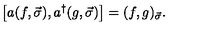
\left[ a ( f , \vec { \sigma } ) , a ^ { \dagger } ( g , \vec { \sigma } ) \right] = ( f , g ) _ { \vec { \sigma } } .